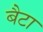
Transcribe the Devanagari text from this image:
बैटा